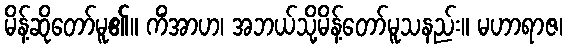
မိန့်ဆိုတော်မူ၏။ ကိံအာဟ၊ အဘယ်သို့မိန့်တော်မူသနည်း။ မဟာရာဇ၊